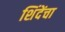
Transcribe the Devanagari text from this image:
शिंदेंचा